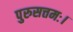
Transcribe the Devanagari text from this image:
पुरुसत्तमः।